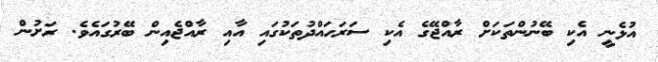
އުޅެނީ އެކި ބޭނުންތަކަށް ރާއްޖޭގެ އެކި ސަރަހައްދުތަކުގައި އާއި ރާއްޖެއިން ބޭރުގައެވެ. ރަށުން